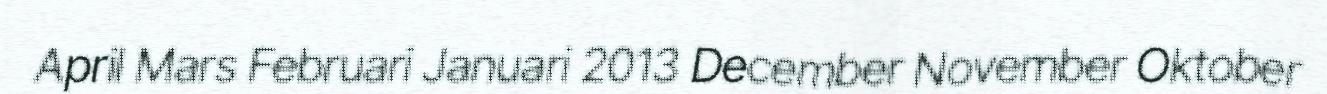
April Mars Februari Januari 2013 December November Oktober